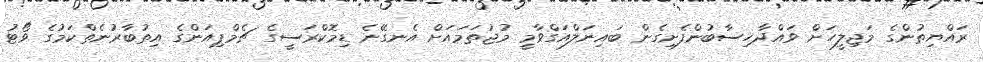
ރައްޔިތުންގެ މަޖިލީހަށް ވައްދާހިސާބުންފެށިގެން ބައިނަލްއަގްވާމީ މުޖުތަމައަށް އެނގޭނެ ޑިމޮކްރަސީގެ ޗެމްޕިއަންގެ އިތުބާރުނެތްކަމުގެ ވޯޓު